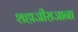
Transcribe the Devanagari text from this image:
शहाजीराजाना